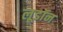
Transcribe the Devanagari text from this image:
लूडॉन